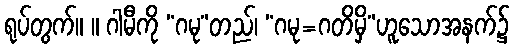
ရုပ်တွက်။ ။ ဂါမီကို “ဂမု”တည်၊ “ဂမု=ဂတိမှိ”ဟူသောအနက်၌